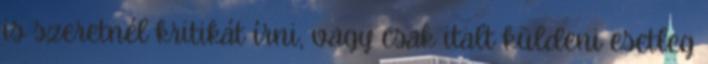
is szeretnél kritikát írni, vagy csak italt küldeni esetleg